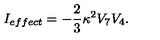
I _ { e f f e c t } = - \frac { 2 } { 3 } \kappa ^ { 2 } V _ { 7 } V _ { 4 } .